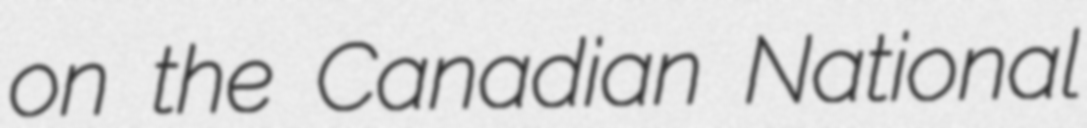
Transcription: on the Canadian National